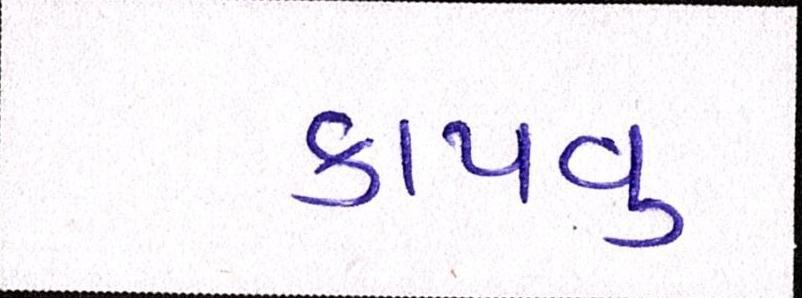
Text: કાપવુ